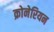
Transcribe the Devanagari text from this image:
क्रोनेरियन